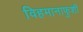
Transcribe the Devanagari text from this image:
विहमानाफुशी